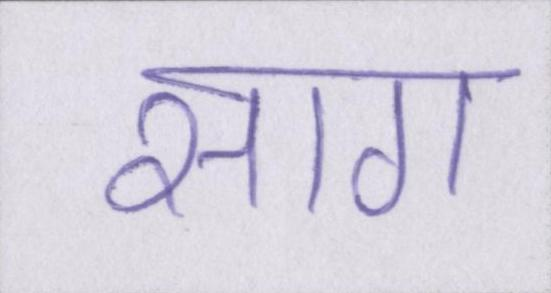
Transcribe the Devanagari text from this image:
साग